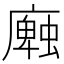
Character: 𢋜